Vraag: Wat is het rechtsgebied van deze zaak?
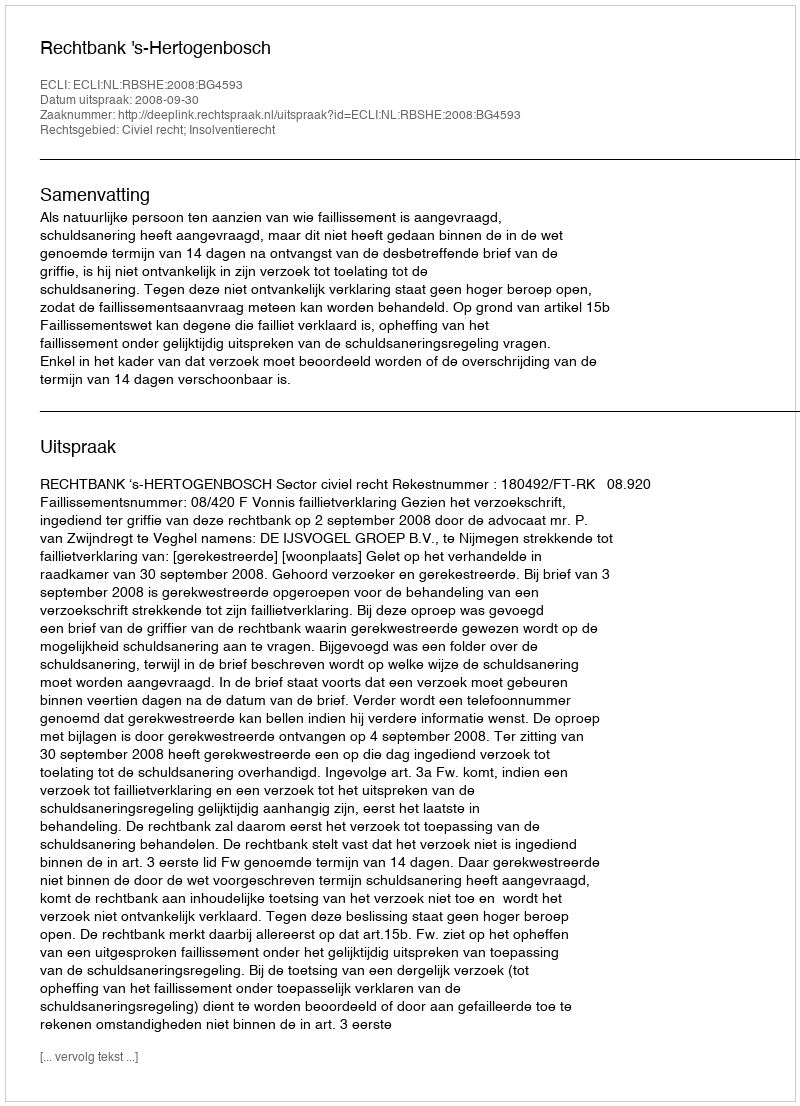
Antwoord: Civiel recht; Insolventierecht